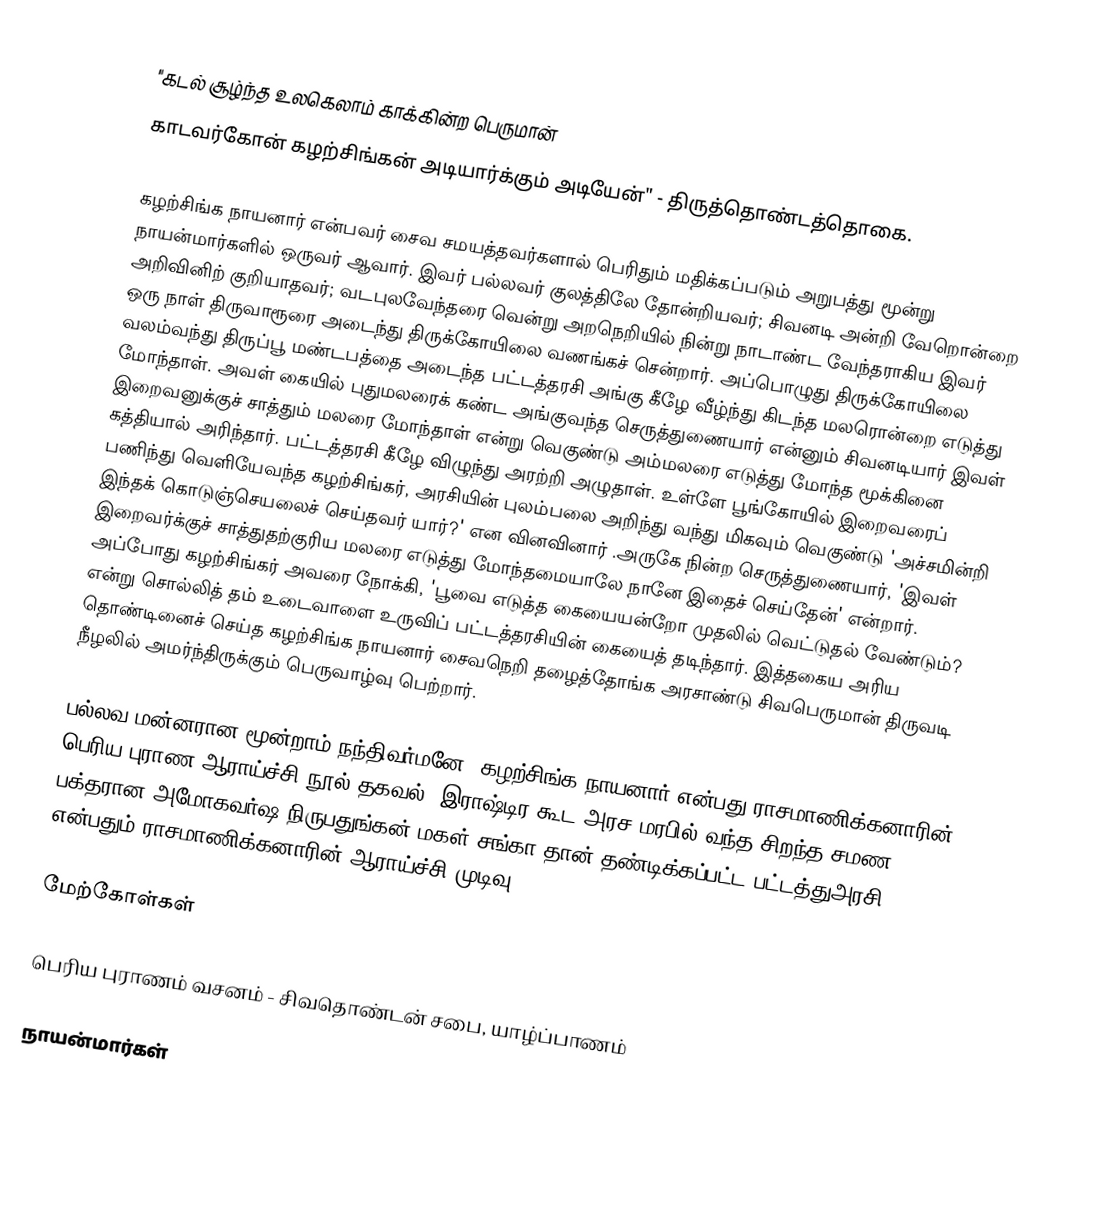
"கடல் சூழ்ந்த உலகெலாம் காக்கின்ற பெருமான்
காடவர்கோன் கழற்சிங்கன் அடியார்க்கும் அடியேன்" - திருத்தொண்டத்தொகை.

கழற்சிங்க நாயனார்  என்பவர் சைவ சமயத்தவர்களால் பெரிதும் மதிக்கப்படும் அறுபத்து மூன்று நாயன்மார்களில் ஒருவர் ஆவார். இவர் பல்லவர் குலத்திலே தோன்றியவர்; சிவனடி அன்றி வேறொன்றை அறிவினிற் குறியாதவர்; வடபுலவேந்தரை வென்று அறநெறியில் நின்று நாடாண்ட வேந்தராகிய இவர் ஒரு நாள் திருவாரூரை அடைந்து திருக்கோயிலை வணங்கச் சென்றார். அப்பொழுது திருக்கோயிலை வலம்வந்து திருப்பூ மண்டபத்தை அடைந்த பட்டத்தரசி அங்கு கீழே வீழ்ந்து கிடந்த மலரொன்றை எடுத்து மோந்தாள். அவள் கையில் புதுமலரைக் கண்ட அங்குவந்த செருத்துணையார் என்னும் சிவனடியார் இவள் இறைவனுக்குச் சாத்தும் மலரை மோந்தாள் என்று வெகுண்டு அம்மலரை எடுத்து மோந்த மூக்கினை கத்தியால் அரிந்தார். பட்டத்தரசி கீழே விழுந்து அரற்றி அழுதாள். உள்ளே பூங்கோயில் இறைவரைப் பணிந்து வெளியேவந்த கழற்சிங்கர், அரசியின் புலம்பலை அறிந்து வந்து மிகவும் வெகுண்டு 'அச்சமின்றி இந்தக் கொடுஞ்செயலைச் செய்தவர் யார்?' என வினவினார் .அருகே நின்ற செருத்துணையார், 'இவள் இறைவர்க்குச் சாத்துதற்குரிய மலரை எடுத்து மோந்தமையாலே நானே இதைச் செய்தேன்' என்றார். அப்போது கழற்சிங்கர் அவரை நோக்கி, 'பூவை எடுத்த கையையன்றோ முதலில் வெட்டுதல் வேண்டும்? என்று சொல்லித் தம் உடைவாளை உருவிப் பட்டத்தரசியின் கையைத் தடிந்தார். இத்தகைய அரிய தொண்டினைச் செய்த கழற்சிங்க நாயனார் சைவநெறி தழைத்தோங்க அரசாண்டு சிவபெருமான் திருவடி நீழலில் அமர்ந்திருக்கும் பெருவாழ்வு பெற்றார்.

பல்லவ மன்னரான மூன்றாம் நந்திவர்மனே, கழற்சிங்க நாயனார் என்பது ராசமாணிக்கனாரின் பெரிய புராண ஆராய்ச்சி நூல் தகவல். இராஷ்டிர கூட அரச மரபில் வந்த சிறந்த சமண பக்தரான அமோகவர்ஷ நிருபதுங்கன் மகள் சங்கா தான் தண்டிக்கப்பட்ட பட்டத்துஅரசி என்பதும் ராசமாணிக்கனாரின் ஆராய்ச்சி முடிவு.

மேற்கோள்கள்

பெரிய புராணம் வசனம் - சிவதொண்டன் சபை, யாழ்ப்பாணம்

நாயன்மார்கள்